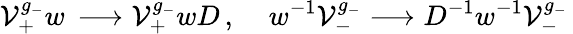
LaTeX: {\cal V}_{+}^{g_{-}}w\, \longrightarrow{\cal V}_{+}^{g_{-}}wD\, ,\; \; \; \; w^{-1}{\cal V}_{-}^{g_{-}}\longrightarrow D^{-1}w^{-1}{\cal V}_{-}^{g_{-}}\,